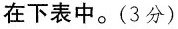
在下表中。(3分）